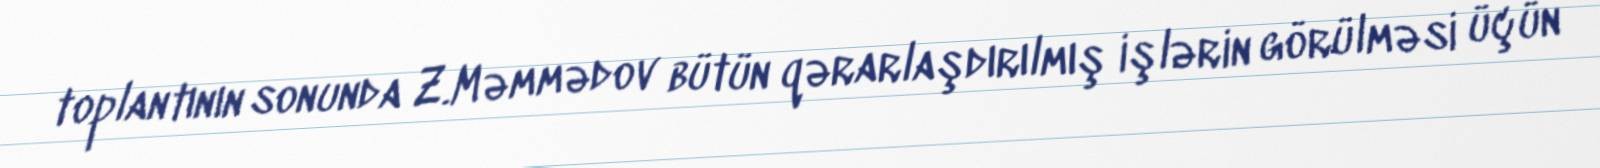
toplantının sonunda Z.Məmmədov bütün qərarlaşdırılmış işlərin görülməsi üçün